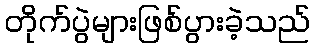
တိုက်ပွဲများဖြစ်ပွားခဲ့သည်